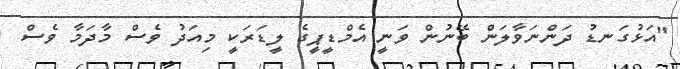
"އަޅުގަނޑު ދަންނަވާލަން ބޭނުން ވަނީ އެމްޑީޕީގެ ލީޑަރަކީ މިއަދު ވެސް މާދަމާ ވެސް